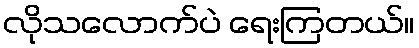
လိုသလောက်ပဲ ရေးကြတယ်။